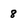
Character: 8